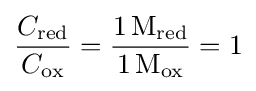
{\frac {C_{\text{red}}}{C_{\text{ox}}}}={\frac {1\,\mathrm {M} _{\text{red}}}{1\,\mathrm {M} _{\text{ox}}}}=1